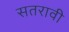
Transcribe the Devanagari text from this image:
सतरावी